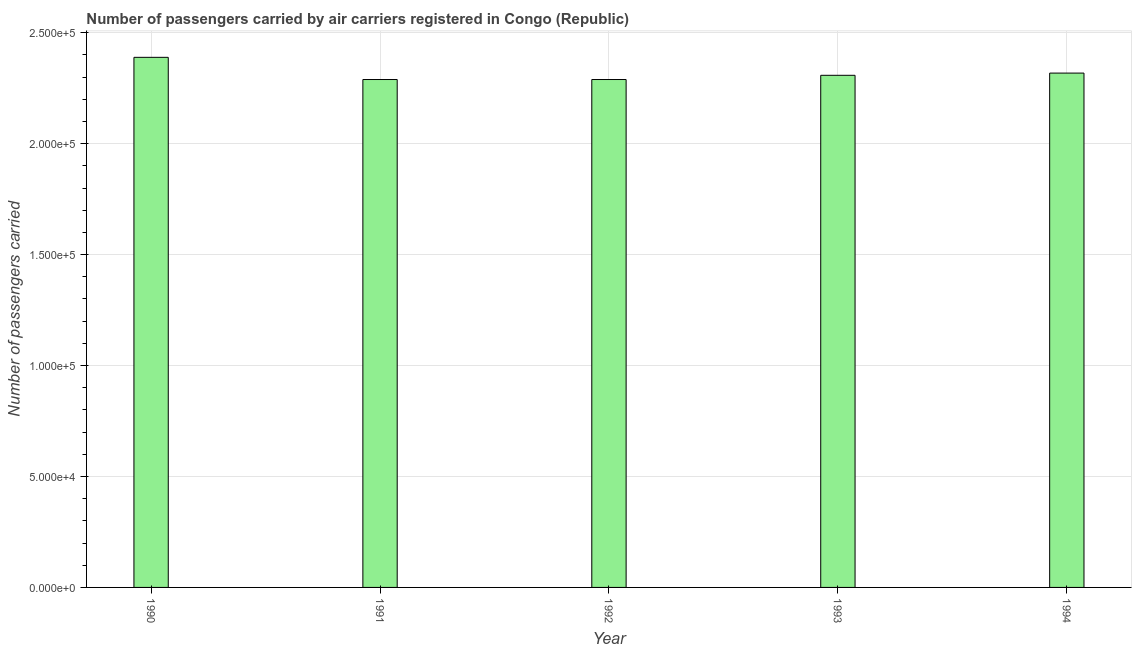
| Year | Air transport |
 | --- | --- |
 | 1990 | 2.39e+05 |
 | 1991 | 2.29e+05 |
 | 1992 | 2.29e+05 |
 | 1993 | 2.31e+05 |
 | 1994 | 2.32e+05 |